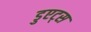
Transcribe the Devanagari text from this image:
डुएट्स